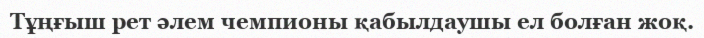
Тұңғыш рет әлем чемпионы қабылдаушы ел болған жоқ.